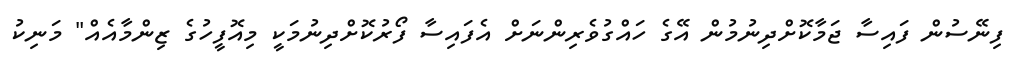
ފިނޭސުން ފައިސާ ޖަމާކޮށްދިނުމުން އޭގެ ހައްގުވެރިންނަށް އެފައިސާ ފޯރުކޮށްދިނުމަކީ މިއޮފީހުގެ ޒިންމާއެއް" މަނިކު